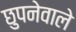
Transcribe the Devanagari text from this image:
छुपनेवाले